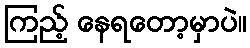
ကြည့် နေရတော့မှာပဲ။